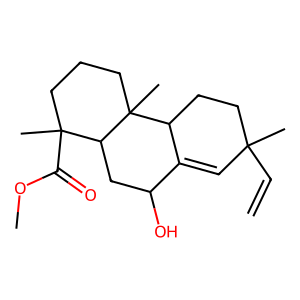
SMILES: C=CC1(C)C=C2C(O)CC3C(C)(C(=O)OC)CCCC3(C)C2CC1
Inhibits HIV replication: No